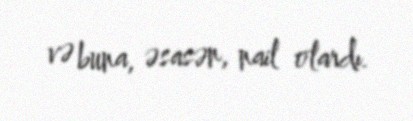
və buna, əsasən, nail olardı.